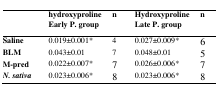
|  | hydroxyprolineEarly P. group | n | HydroxyprolineLate P. group | n |
 | --- | --- | --- | --- | --- |
 | Saline | 0.019±0.001* | 4 | 0.027±0.009* | 6 |
 | BLM | 0.043±0.01 | 7 | 0.048±0.01 | 5 |
 | M-pred | 0.022±0.007* | 7 | 0.026±0.006* | 7 |
 | N. sativa | 0.023±0.006* | 8 | 0.023±0.006* | 8 |